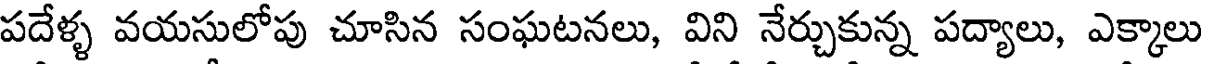
పదేళ్ళ వయసులోపు చూసిన సంఘటనలు, విని నేర్చుకున్న పద్యాలు, ఎక్కాలు